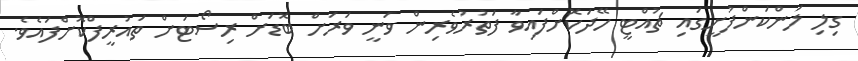
ގިލި ލަންކަންފުށީގައި ޗުއްޓީ ހޭދަކޮށްފައިވާ ފަތުރުވެރިން ވަނީ ވަރަށް ބޮޑަށް ރިސޯޓަށް ތައުރީފްކޮށްފައެވެ.